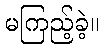
မကြည့်ခဲ့။